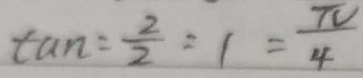
\tan = \frac { 2 } { 2 } = 1 = \frac { \pi } { 4 }